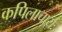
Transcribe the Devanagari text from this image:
कपिलाचार्यः